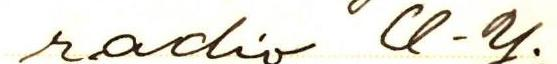
radio O.Y.